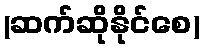
(ဆက်ဆိုနိုင်စေ)